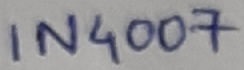
Text: IN4007